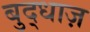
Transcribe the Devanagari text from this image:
बुद्धाज़